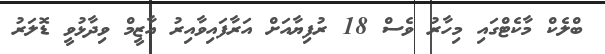
ބްލެކް މާކެޓްގައި މިހާރު ވެސް 18 ރުފިޔާއަށް އަރާފައިވާއިރު އާޒީމް ވިދާޅުވީ ޑޮލަރު